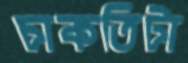
চাকতিটা